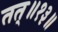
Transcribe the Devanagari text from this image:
तत्॥१३॥